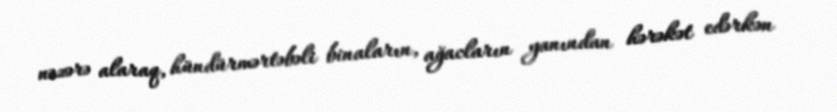
nəzərə alaraq, hündürmərtəbəli binaların, ağacların yanından hərəkət edərkən